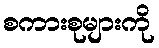
စကားစုများကို